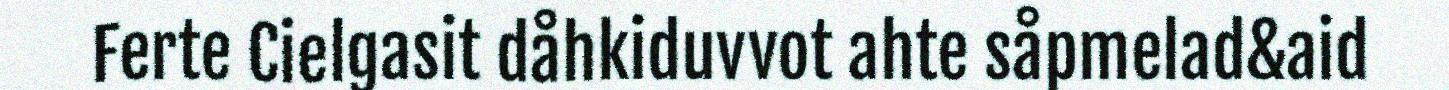
Ferte Cielgasit dåhkiduvvot ahte såpmelad&aid